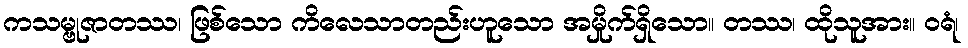
ကသမ္ဗုဇာတဿ၊ ဖြစ်သော ကိလေသာတည်းဟူသော အမှိုက်ရှိသော။ တဿ၊ ထိုသူအား။ ဝရံ၊